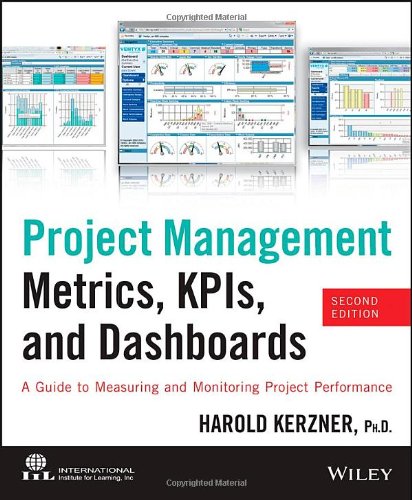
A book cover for Project Management Metrics, KPIs, and Dashboards: A Guide to Measuring and Monitoring Project Performance; Harold R. Kerzner; Business & Money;